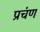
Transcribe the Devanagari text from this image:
प्रचंण